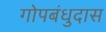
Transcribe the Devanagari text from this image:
गोपबंधुदास